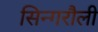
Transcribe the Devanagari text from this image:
सिन्गरौली